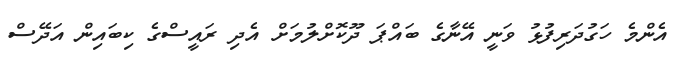
އެންމެ ހަގުދަރިފުޅު ވަނީ އޭނާގެ ބައްޕަ ދޫކޮށްލުމަށް އެދި ރައީސްގެ ކިބައިން އަދޭސް